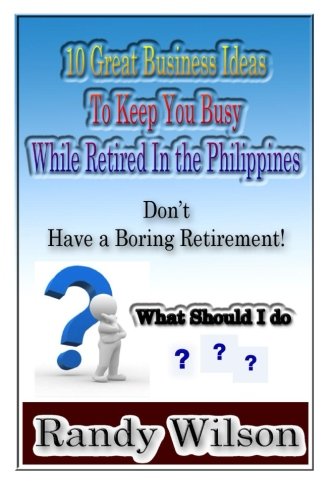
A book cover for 10 Great Business Ideas To Keep You Busy While Retired In The Philippines; Randy Wilson; Travel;